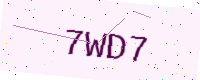
Text: 7WD7